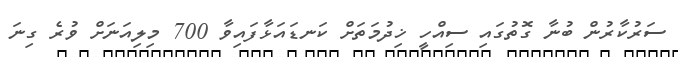
ސަރުކާރުން ބުނާ ގޮތުގައި ސިއްހީ ޚިދުމަތަށް ކަނޑައަޅާފައިވާ 700 މިލިއަނަށް ވުރެ ގިނަ